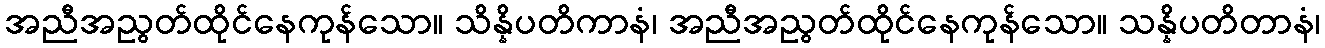
အညီအညွတ်ထိုင်နေကုန်သော။ သိန္နိပတိကာနံ၊ အညီအညွတ်ထိုင်နေကုန်သော။ သန္နိပတိတာနံ၊